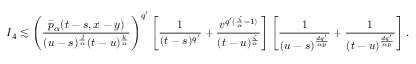
I _ { 4 } \lesssim \left( \frac { \bar { p } _ { \alpha } ( t - s , x - y ) } { ( u - s ) ^ { \frac { j } { \alpha } } ( t - u ) ^ { \frac { k } { \alpha } } } \right) ^ { q ^ { \prime } } \left[ \frac { 1 } { ( t - s ) ^ { q ^ { \prime } } } + \frac { v ^ { q ^ { \prime } ( \frac { \zeta } { \alpha } - 1 ) } } { ( t - u ) ^ { \frac { \zeta } { \alpha } } } \right] \left[ \frac { 1 } { ( u - s ) ^ { \frac { d q ^ { \prime } } { \alpha p } } } + \frac { 1 } { ( t - u ) ^ { \frac { d q ^ { \prime } } { \alpha p } } } \right] .